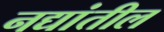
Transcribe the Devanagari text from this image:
नद्यांतील